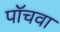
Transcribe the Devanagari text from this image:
पॉचवा